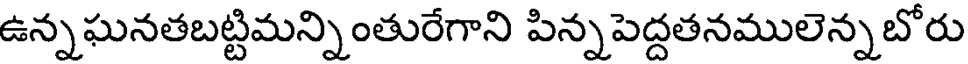
ఉన్నఘనతబట్టిమన్నింతురేగాని పిన్నపెద్దతనములెన్నబోరు